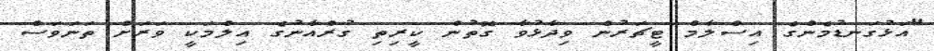
"އަޅުގަނޑުމެންގެ އިސްލާމް ޓީޗަރުން ވިދާޅުވާ ގޮތުން ކީރިތި ގުރްއާނުގެ އިލްމަކީ ވަރަށް ތަނަވަސް